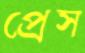
প্রেস